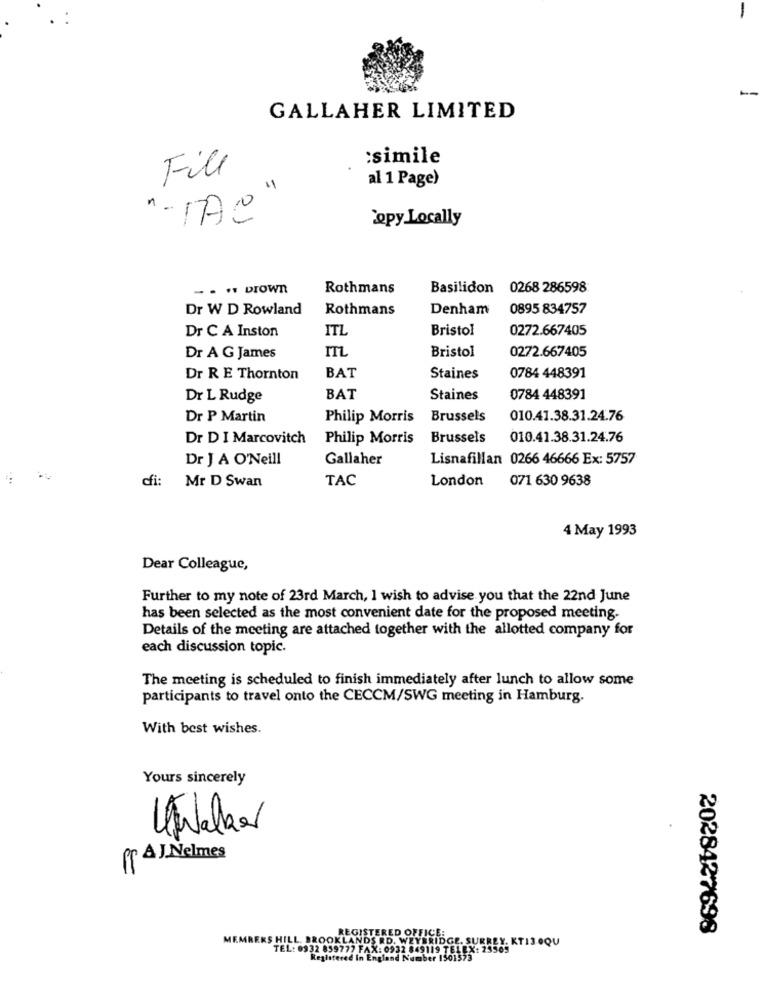
-
--
GALLAHER LIMITED
:simile
Fill
al 1 Page)
"-TAC"
`opy Locally
Rothmans
Basilidon 0268 286598
Dr W D Rowland
Rothmans
Denham
0895 834757
Dr C A Inston
ITL
Bristol
0272.667405
Bristol
Dr A G James
TL
0272.667405
Dr R E Thornton
BAT
Staines
0784 448391
Dr L Rudge
BAT
Staines
0784 448391
Dr P Martin
Philip Morris
Brussels
010.41.38.31.24.76
Dr D I Marcovitch
Philip Morris
Brussels
010.41.38.31.24.76
Dr J A O'Neill
Gallaher
Lisnafillan 0266 46666 Ex: 5757
:
cfi:
Mr D Swan
TAC
London
071 630 9638
4 May 1993
Dear Colleague,
Further to my note of 23rd March, I wish to advise you that the 22nd June
has been selected as the most convenient date for the proposed meeting-
Details of the meeting are attached together with the allotted company for
each discussion topic.
The meeting is scheduled to finish immediately after lunch to allow some
participants to travel onto the CECCM/SWG meeting in Hamburg.
With best wishes.
Yours sincerely
A J.Nelmes
Pr
2028427698
130QU
: 0932 84
Reglate
gland Numbe
1501573